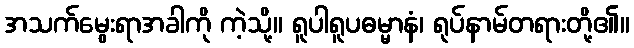
အသက်မွေးရာအခါကို ကဲ့သို့။ ရူပါရူပဓမ္မာနံ၊ ရုပ်နာမ်တရားတို့၏။